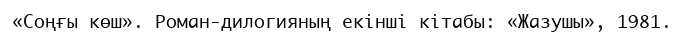
«Соңғы көш». Роман-дилогияның екінші кітабы: «Жазушы», 1981.